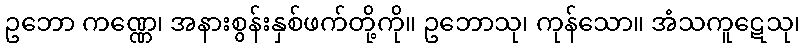
ဥဘော ကဏ္ဏေ၊ အနားစွန်းနှစ်ဖက်တို့ကို။ ဥဘောသု၊ ကုန်သော။ အံသကူဋေသု၊